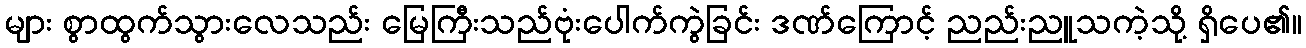
များ စွာထွက်သွားလေသည်း မြေကြီးသည်ဗုံးပေါက်ကွဲခြင်း ဒဏ်ကြောင့် ညည်းညူသကဲ့သို့ ရှိပေ၏။